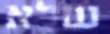
שלא